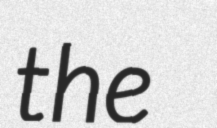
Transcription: the